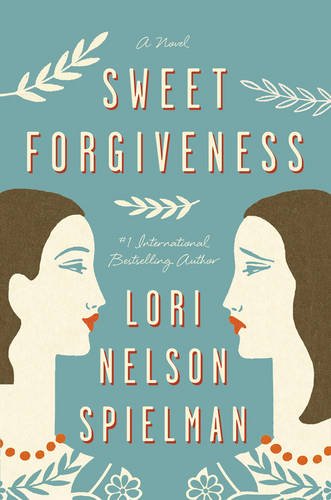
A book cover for Sweet Forgiveness: A Novel; Lori Nelson Spielman; Literature & Fiction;